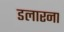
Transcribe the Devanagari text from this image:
डलारना